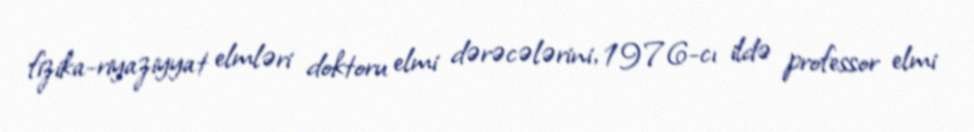
fizika-riyaziyyat elmləri doktoru elmi dərəcələrini, 1976-cı ildə professor elmi